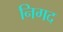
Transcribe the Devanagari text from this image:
निगद